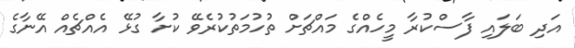
އަދި ބަލައި ފާސްކުރާ މީހެއްގެ މައްޗަށް ތުހުމަތުކުރެވޭ ކުށާ ގުޅޭ އެއްޗެއް އޭނާގެ